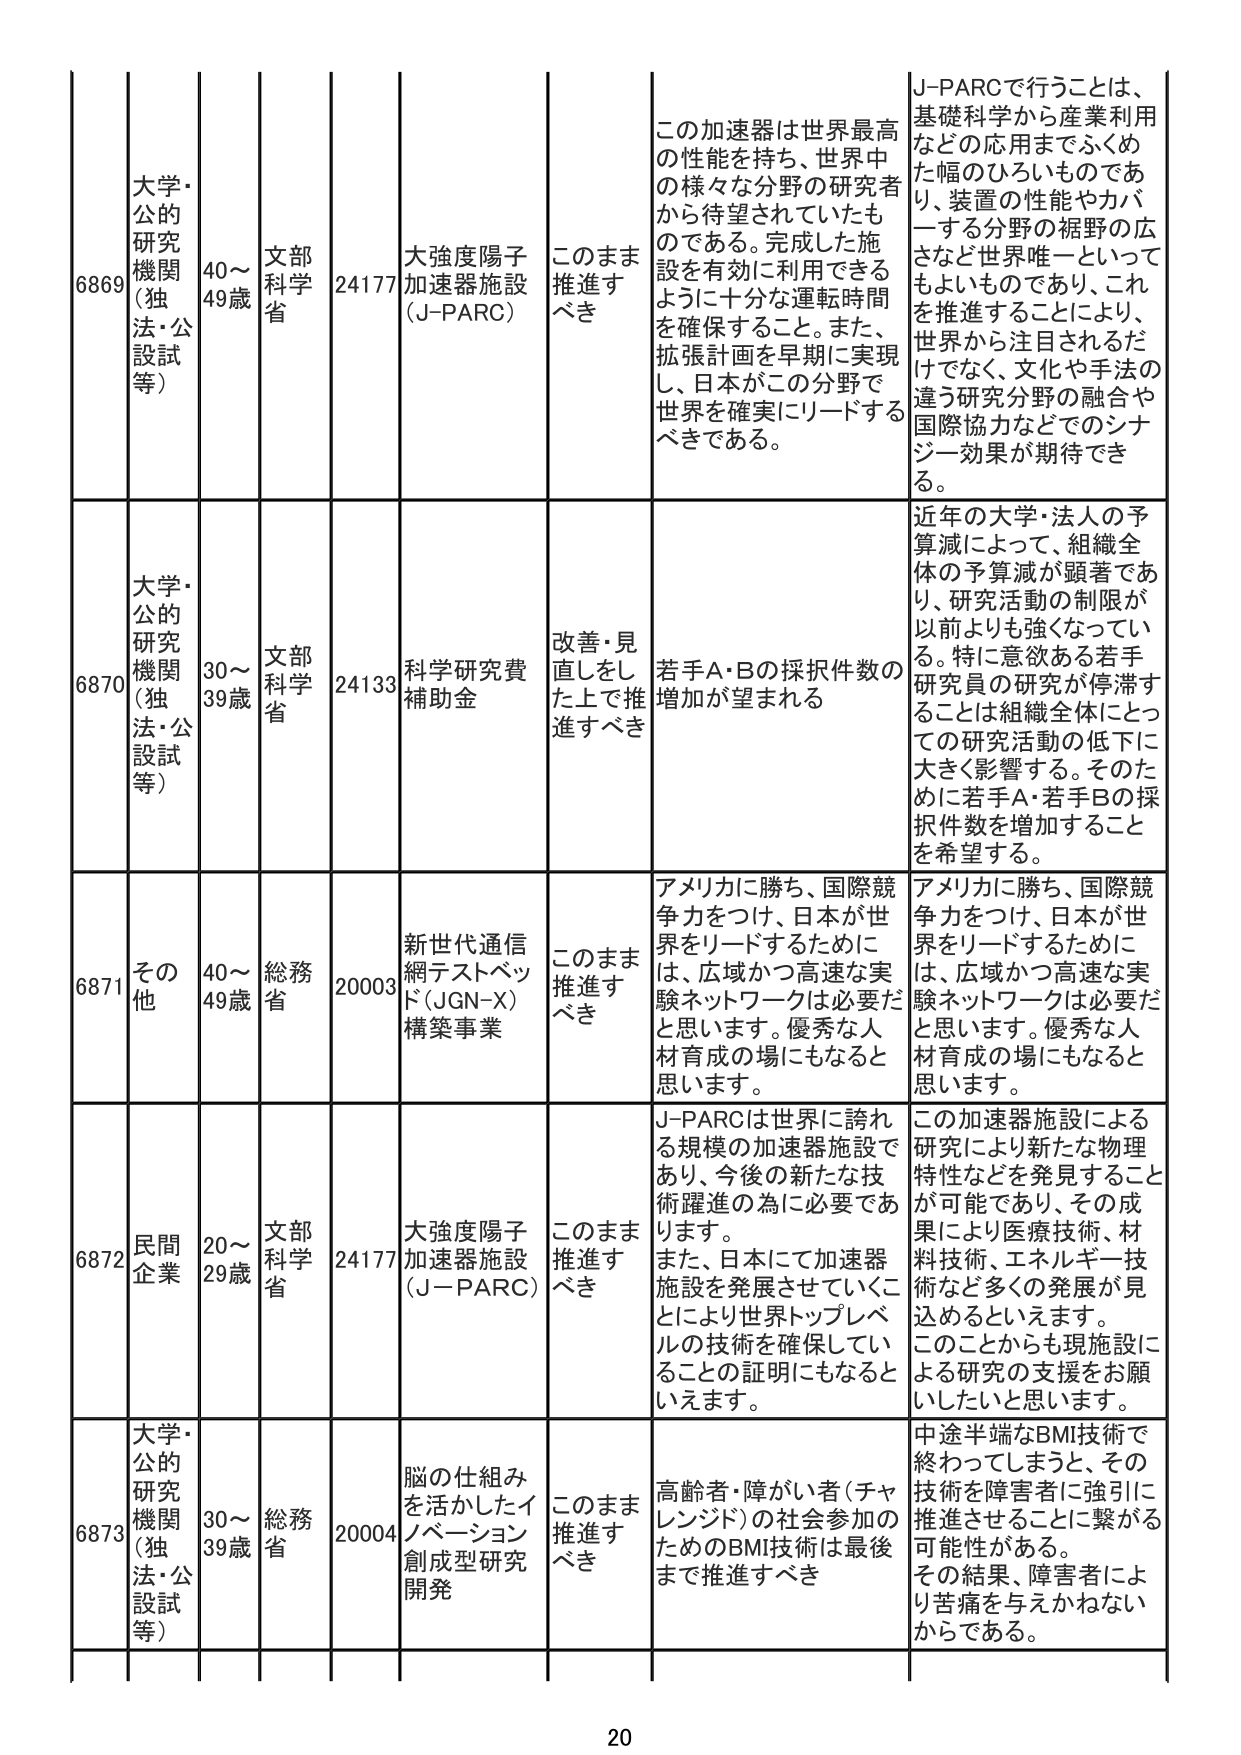
6869 大学・公的研究機関（独法・公設試等） 40～49歳 文部科学省 24177 大強度陽子加速器施設（J-PARC） このまま推進すべき この加速器は世界最高の性能を持ち、世界中の様々な分野の研究者から待望されていたものである。完成した施設を有効に利用できるように十分な運転時間を確保すること。また、拡張計画を早期に実現し、日本がこの分野で世界を確実にリードするべきである。 J-PARCで行うことは、基礎科学から産業利用などの応用までふくめた幅のひろいものであり、装置の性能やカバーする分野の裾野の広さなど世界唯一といってよいものであり、これを推進することにより、世界から注目されるだけでなく、文化や手法の違う研究分野の融合や国際協力などでのシナジー効果が期待できる。

6870 大学・公的研究機関（独法・公設試等） 30～39歳 文部科学省 24133 科学研究費補助金 改善・見直しをした上で推進すべき 若手A・Bの採択件数の増加が望まれる 近年の大学・法人の予算減によって、組織全体の予算減が顕著であり、研究活動の制限が以前よりも強くなってい る。特に意欲ある若手研究員の研究が停滞することは組織全体にとっての研究活動の低下に大きく影響する。そのため若手A・若手Bの採択件数を増加することを希望する。

6871 その他 40～49歳 総務省 20003 新世代通信網テストベッド（JGN-X）構築事業 このまま推進すべき アメリカに勝ち、国際競争力をつけ、日本が世界をリードするために、広域かつ高速な実験ネットワークは必要だと思います。優秀な人材育成の場にもなると思います。 アメリカに勝ち、国際競争力をつけ、日本が世界をリードするために、広域かつ高速な実験ネットワークは必要だと思います。優秀な人材育成の場にもなると思います。

6872 民間企業 20～29歳 文部科学省 24177 大強度陽子加速器施設（J-PARC） このまま推進すべき J-PARCは世界に誇れる規模の加速器施設であり、今後の新たな技術躍進の為に必要であります。また、日本にて加速器施設を発展させていくことにより世界トップレベルの技術を確保していることの証明にもなるといえます。 この加速器施設による研究により新たな物理特性などを発見することが可能であり、その成果により医療技術、材料技術、エネルギー技術など多くの発展が見込めるといえます。このことからも現施設による研究の支援をお願いしたいと思います。

6873 大学・公的研究機関（独法・公設試等） 30～39歳 総務省 20004 脳の仕組みを活かしたイノベーション創成型研究開発 このまま推進すべき 高齢者・障がい者（チャレンジド）の社会参加のためのBMI技術は最後まで推進すべき 中途半端なBMI技術で終わってしまうと、その技術を障害者に強引に推進させることに繋がる可能性がある。その結果、障害者により苦痛を与えかねないからである。

20